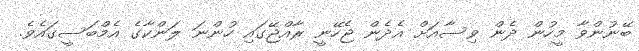
ބޭނުންވާ މީހުން ދެން ވިސާއަށް އެދެން ޖެހޭނީ ރާއްޖޭގައި ހުންނަ ލަންކާގެ އެމްބަސީގައެވެ.